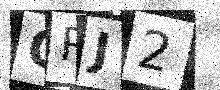
Text: ORJ2